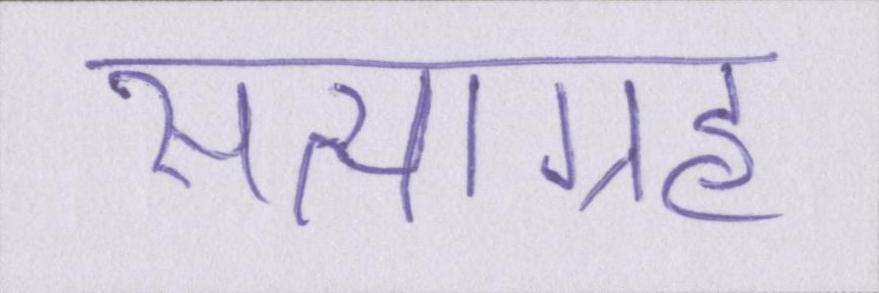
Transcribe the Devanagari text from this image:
सत्याग्रह